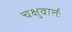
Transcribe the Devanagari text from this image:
चक्षुवार्तः